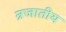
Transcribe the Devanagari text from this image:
न्रजातीय